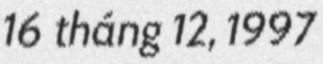
16 tháng 12, 1997